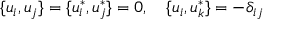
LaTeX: \{ u _ { i } , u _ { j } \} = \{ u _ { i } ^ { * } , u _ { j } ^ { * } \} = 0 , ~ ~ ~ \{ u _ { i } , u _ { k } ^ { * } \} = - \delta _ { i j }